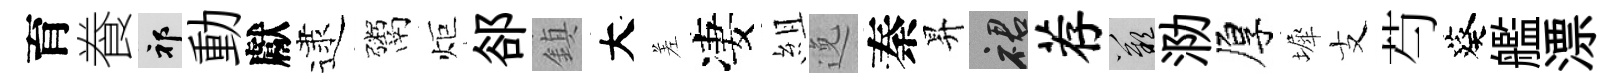
育飬祁動獻逮鬻炬郤鎮大差凄組𨓜秦昇裙荐嘆泐厚墀支芍葵艦漂